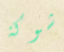
شوكة